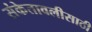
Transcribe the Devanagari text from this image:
संकेतावलीसाठी